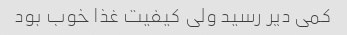
کمی دیر رسید ولی کیفیت غذا خوب بود